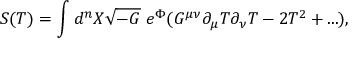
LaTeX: S ( T ) = \int d ^ { n } X \sqrt { - G } \; e ^ { \Phi } ( G ^ { \mu \nu } \partial _ { \mu } T \partial _ { \nu } T - 2 T ^ { 2 } + . . . ) ,